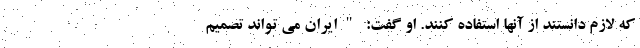
که لازم دانستند از آنها استفاده کنند. او گفت: "ایران می تواند تصمیم